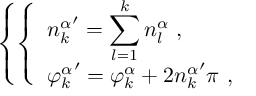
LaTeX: \left\{ \left\{ \begin{array} { l l } { { \displaystyle { n _ { k } ^ { \alpha } } ^ { \prime } = \sum _ { l = 1 } ^ { k } n _ { l } ^ { \alpha } \ , } } \\ { { \displaystyle { \varphi _ { k } ^ { \alpha } } ^ { \prime } = \varphi _ { k } ^ { \alpha } + 2 { n _ { k } ^ { \alpha } } ^ { \prime } \pi \ , } } \end{array} \right. \right.